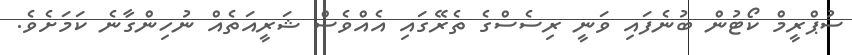
ސުޕްރީމް ކޯޓުން ބުނެފައި ވަނީ ރިސެސްގެ ތެރޭގައި އެއްވެސް ޝަރީއަތެއް ނުހިންގާނެ ކަމަށެވެ.